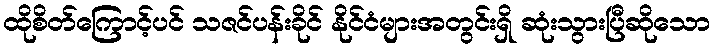
ထိုစိတ်ကြောင့်ပင် သဇင်ပန်းခိုင် နိုင်ငံများအတွင်းရှိ ဆုံးသွားပြီဆိုသော